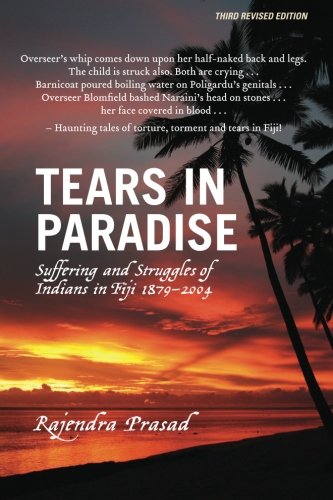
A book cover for Tears in Paradise: Suffering and Struggles of Indians in Fiji 1879-2004; Rajendra Prasad; History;